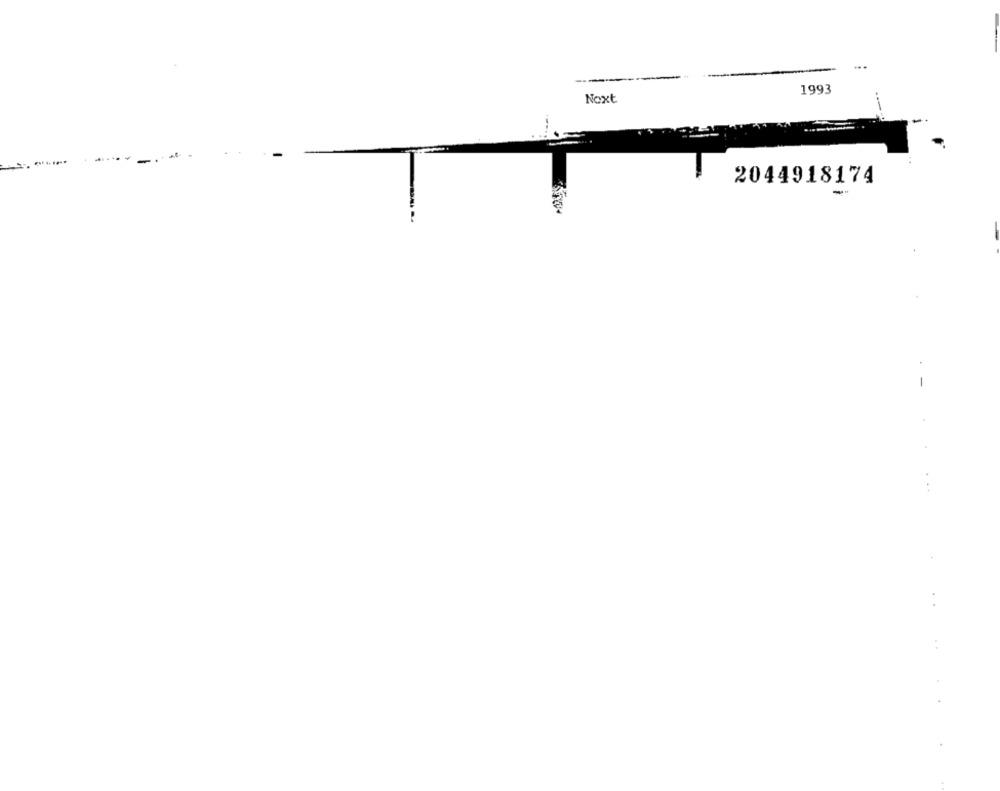
.. .
1993
Noxt
-
2044918174
-
.-
. ..